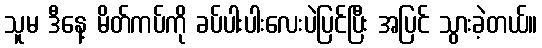
သူမ ဒီနေ့ မိတ်ကပ်ကို ခပ်ပါးပါးလေးပဲပြင်ပြီး အပြင် သွားခဲ့တယ်။